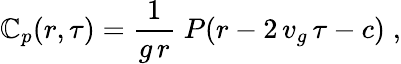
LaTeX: \mathbb{C}_{p}(r,\tau)=\frac{1}{{g\, r}}\; P(r-2\, v_{g}\, \tau-c)\; ,